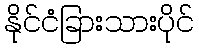
နိုင်ငံခြားသားပိုင်